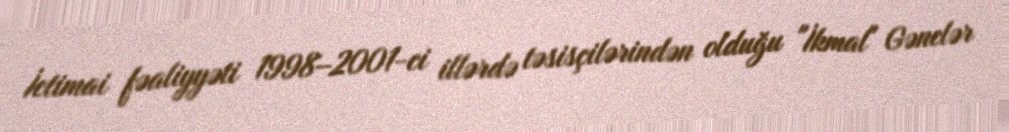
İctimai fəaliyyəti 1998–2001-ci illərdə təsisçilərindən olduğu "İkmal" Gənclər